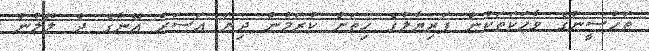
ތަހުސީނުގެ ވާހަކަތަކުން ފަރިޔާލުގެ ހިތަށް ކުރަމުން ދިޔަ އަސަރު އޭނާގެ ދެ ލޮލުން